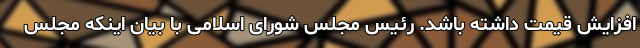
افزایش قیمت داشته باشد. رئیس مجلس شورای اسلامی با بیان اینکه مجلس